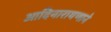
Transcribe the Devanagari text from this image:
आदिनारायणाने